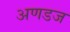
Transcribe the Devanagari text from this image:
अणडज